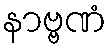
နာဗ္ဗဏံ